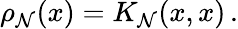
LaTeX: \rho_{\mathcal{N}}(x)=K_{\mathcal{N}}(x,x)\, .